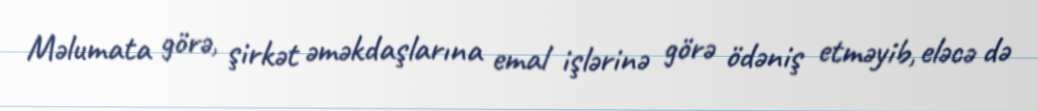
Məlumata görə, şirkət əməkdaşlarına emal işlərinə görə ödəniş etməyib, eləcə də